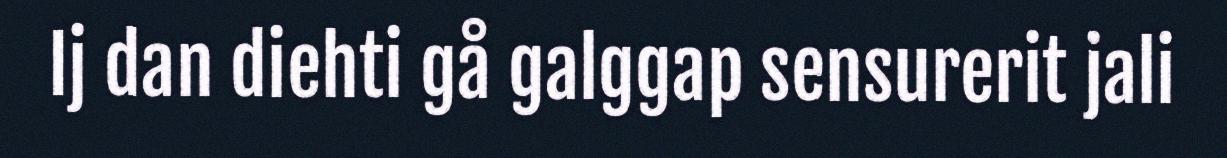
Ij dan diehti gå galggap sensurerit jali